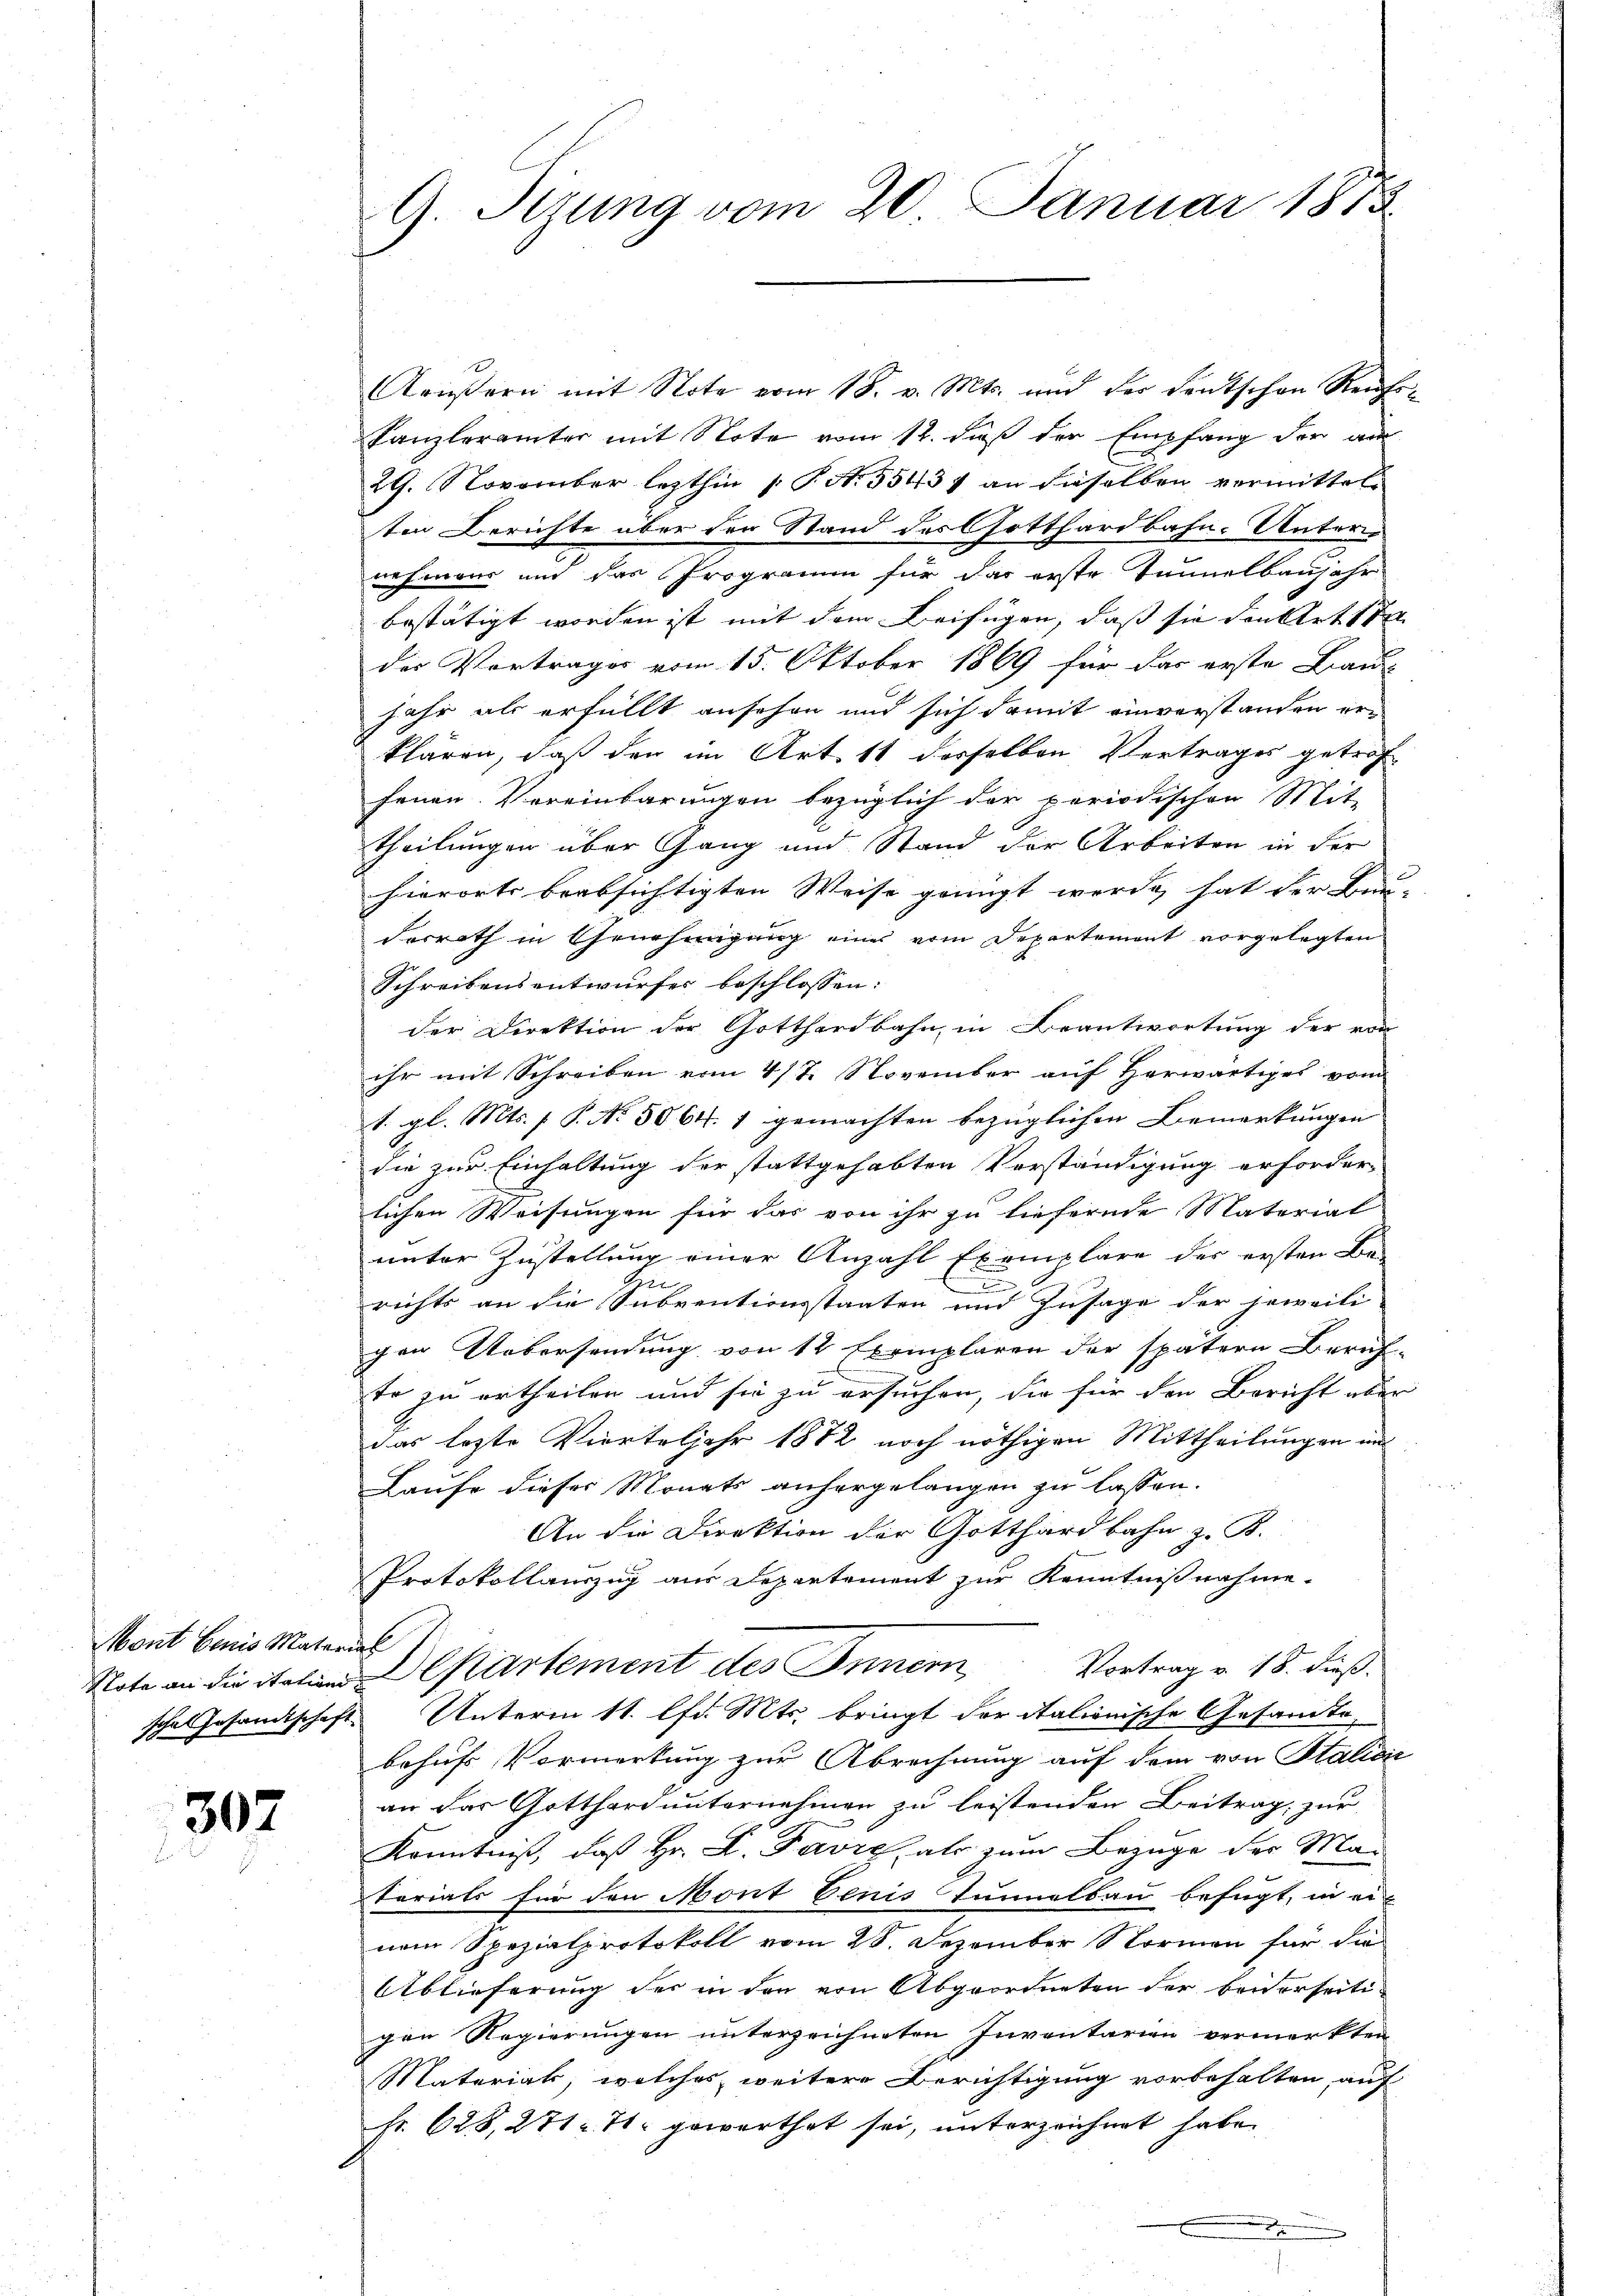
Mont beris Material

302

Arŭβern mit Note vom 18. v. Mts. und der deutschen Reufs-
Kanzlerämter mit Note vom 12. daß der Empfang der am
29. November lezthin 1 S. S. 55434 an dieselben vermittelten Berichte über den Stand der Gotthardbahn-Unteris
nehmens und das Programm für das erste Tennelbaujehr
bestätigt worden ist mit dem Beifügen, daß sie den Art 1
des Vertrages vom 15. Oktober 1869 für das erste Bau
jahr als erfüllt ansehen und sich damit einverstanden er-
klären, daß der im Art. 11 desselben Vertrages getrof
fenen Vereinbarungen bezüglich der periodischen Mit-
theilungen über Gang und Stand der Arbeiten in der
hierorts beabsichtigten Weise genügt werde, hat der Bau-
derrath in Genehmigung eines vom Departement vorgelegten
Schreibensentwurfes beschlossen:
der Direktion der Gotthardbahn, in Beantwortung der von
ihr mit Schreiben vom 4/7. November auf herwärtiges vom
1. gl. Mts. 1 P. No. 5064. 1 gemachten bezüglichen Bemerkungen
die zur Einhaltung der stattgehabten Vorständigung erforder-
lichen Weisungen für das von ihr zu liefernde Material
unter Zustellung einer Anzahl Exemplare der ersten Be-
G
u
richts an die Subventionsstaaten und Zusage der jeweili-
gen Uebersendung von 12 Exemplaren der spätern Beruf-
to zu ertheilen und sie zu ersuchen, die für den Bericht über
das lezte Vierteljahr 1872 noch nöthigen Mittheilungen un
Laufe dieser Monats anhergelangen zu lassen.
An die Direktion der Gotthardbahn z. B.
Protokollauszug aus Departement zur Kenntnißnahme.
Vortrag v. 18. dieß.
Note an die italen Departement des Inner
sche Gesamtschaft. Unterm 11. lfd. Mts. bringt der italionische Gesandte,
behufs Vormerkung zur Abrechnung auf dem von Staličić
an das Gotthard unternehmen zu leistenden Beitrag, zur
Kenntniß, daß Hr. F. Favre, als zum Bezuge der Matariats für den Mont Venis Tunnelbau befügt, in einem Spezialprotokoll vom 28. Dezember Normen für die
Ablieferung der in den von Abgeordneten der beiderseitigen Regierungen unterzeichneten Inventarien vermerkten
Materiak, welches weitere Berichtigung vorbehalten, auf
Fr. 628, 271. 71. geworthet sei, unterzeichnet habe.

G. Sizung vom 20. Januar 1873.